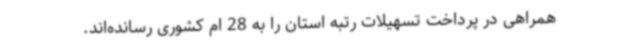
همراهی در پرداخت تسهیلات رتبه استان را به 28 ام کشوری رسانده‌اند.